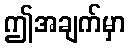
ဤအချက်မှာ